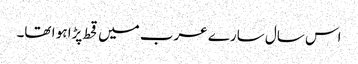
اس سال سارے عرب میں قحط پڑا ہو ا تھا۔